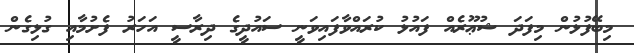
މިބޭފުޅުން މިފަދަ ޝުޢޫރެއް ފައުޅު ކުރައްވާފައިވަނީ ސައުދީގެ ދިރާސީ އަހަރު ފެށުމާއި ގުޅިގެން